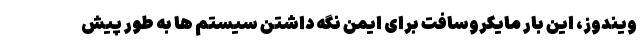
ویندوز، این بار مایکروسافت برای ایمن نگه داشتن سیستم ها به طور پیش